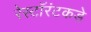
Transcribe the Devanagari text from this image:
रेस्टॉरंटकडे